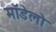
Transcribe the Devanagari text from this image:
मॉडेलो